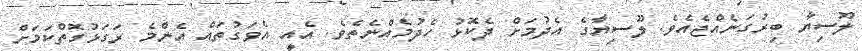
ލޫސިޔާ ބިރުގަނެއްޖެއެވެ. ލޫސިޔާގެ އެދުމަށް ދެކޮޅު ހެދުމެއްނެތެވެ. އެއީ އެވަގުތައް އެންމެ ރަގަޅުގޮތްކަމަށް